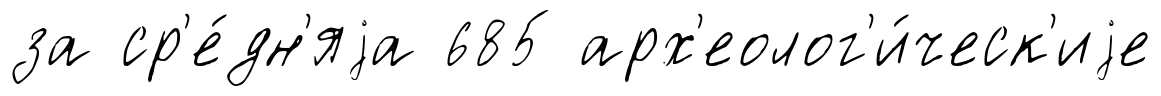
за ср'е́дн'яjа 685 арх'еолог'и́ческ'иjе